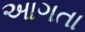
આગતા